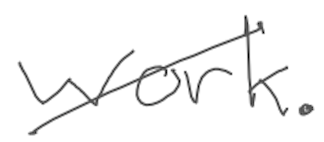
Text: work.
Cross-out: diagonal
Writing tool: digital_gray